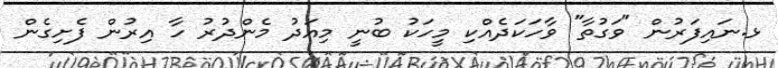
ޅ.ނައިފަރުން "ވަގުތާ" ވާހަކަދެއްކި މީހަކު ބުނީ މިއަދު މެންދުރު ހާ އިރުން ފެށިގެން